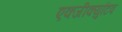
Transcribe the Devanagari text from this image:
एक्जीक्युटिव